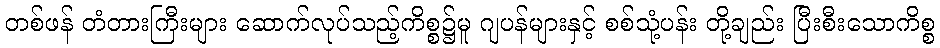
တစ်ဖန် တံတားကြီးများ ဆောက်လုပ်သည့်ကိစ္စ၌မူ ဂျပန်များနှင့် စစ်သုံ့ပန်း တို့ချည်း ပြီးစီးသောကိစ္စ